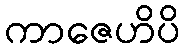
ကာဇေဟိပိ